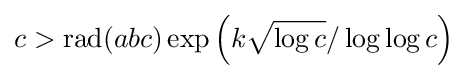
c>\operatorname {rad} (abc)\exp {\left(k{\sqrt {\log c}}/\log \log c\right)}